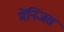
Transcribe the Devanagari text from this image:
मेंनिंजस